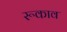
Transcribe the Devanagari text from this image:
रूकाव